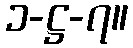
၁-ဋ္ဌ-၇။